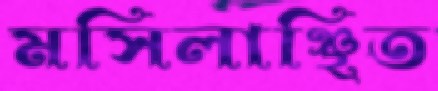
মসিলাঞ্ছিত